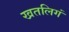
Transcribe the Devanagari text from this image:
खतलिगं